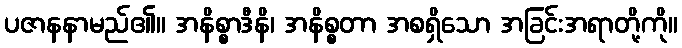
ပဇာနနာမည်၏။ အနိစ္စာဒီနိ၊ အနိစ္စတာ အစရှိသော အခြင်းအရာတို့ကို။